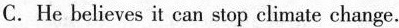
C. He belives it cann stop climate change.